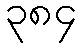
၃၈၄